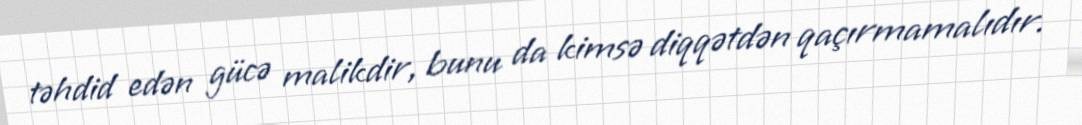
təhdid edən gücə malikdir, bunu da kimsə diqqətdən qaçırmamalıdır.